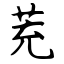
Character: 茺